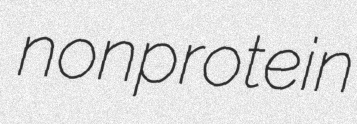
nonprotein